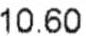
10.60